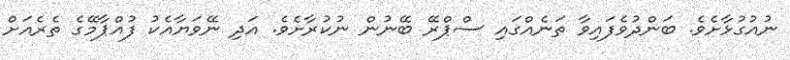
ނުއުގުޅާށެވެ. ބަންދުވެފައިވާ ތަނެއްގައި ސްޕްރޭ ބޭނުން ނުކުރާށެވެ. އަދި ނޭވަޔާއެކު ފުއްޕާމޭގެ ތެރެއަށް